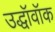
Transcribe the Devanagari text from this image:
उद्धॉवॉक